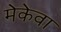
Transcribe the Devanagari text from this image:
मेकेवा